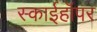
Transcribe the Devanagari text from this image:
स्काईहॉपर